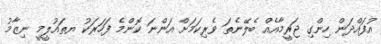
އުފައްދަން ހިންގި ޖަރީމާއެއް ބެލޭނެތަ ވެރިކަމަށް އަންނަ ކޮންމެ ފަހަރަކު ޔތައުލީމީ ނިޒާމު